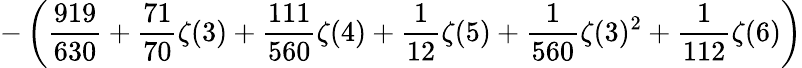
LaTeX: \displaystyle-\left(\frac{919}{630}+\frac{71}{70}\zeta(3)+\frac{111}{560}\zeta(4)+\frac{1}{12}\zeta(5)+\frac{1}{560}\zeta(3)^{2}+\frac{1}{112}\zeta(6)\right)